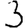
Digit: 3